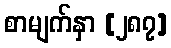
စာမျက်နှာ [၂၈၇]